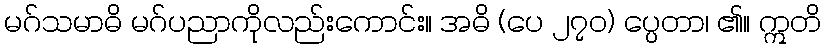
မဂ်သမာဓိ မဂ်ပညာကိုလည်းကောင်း။ အဓိ (ပေ ၂၇၀) ပ္ပေတာ၊ ၏။ ဣတိ